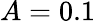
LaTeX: A=0.1